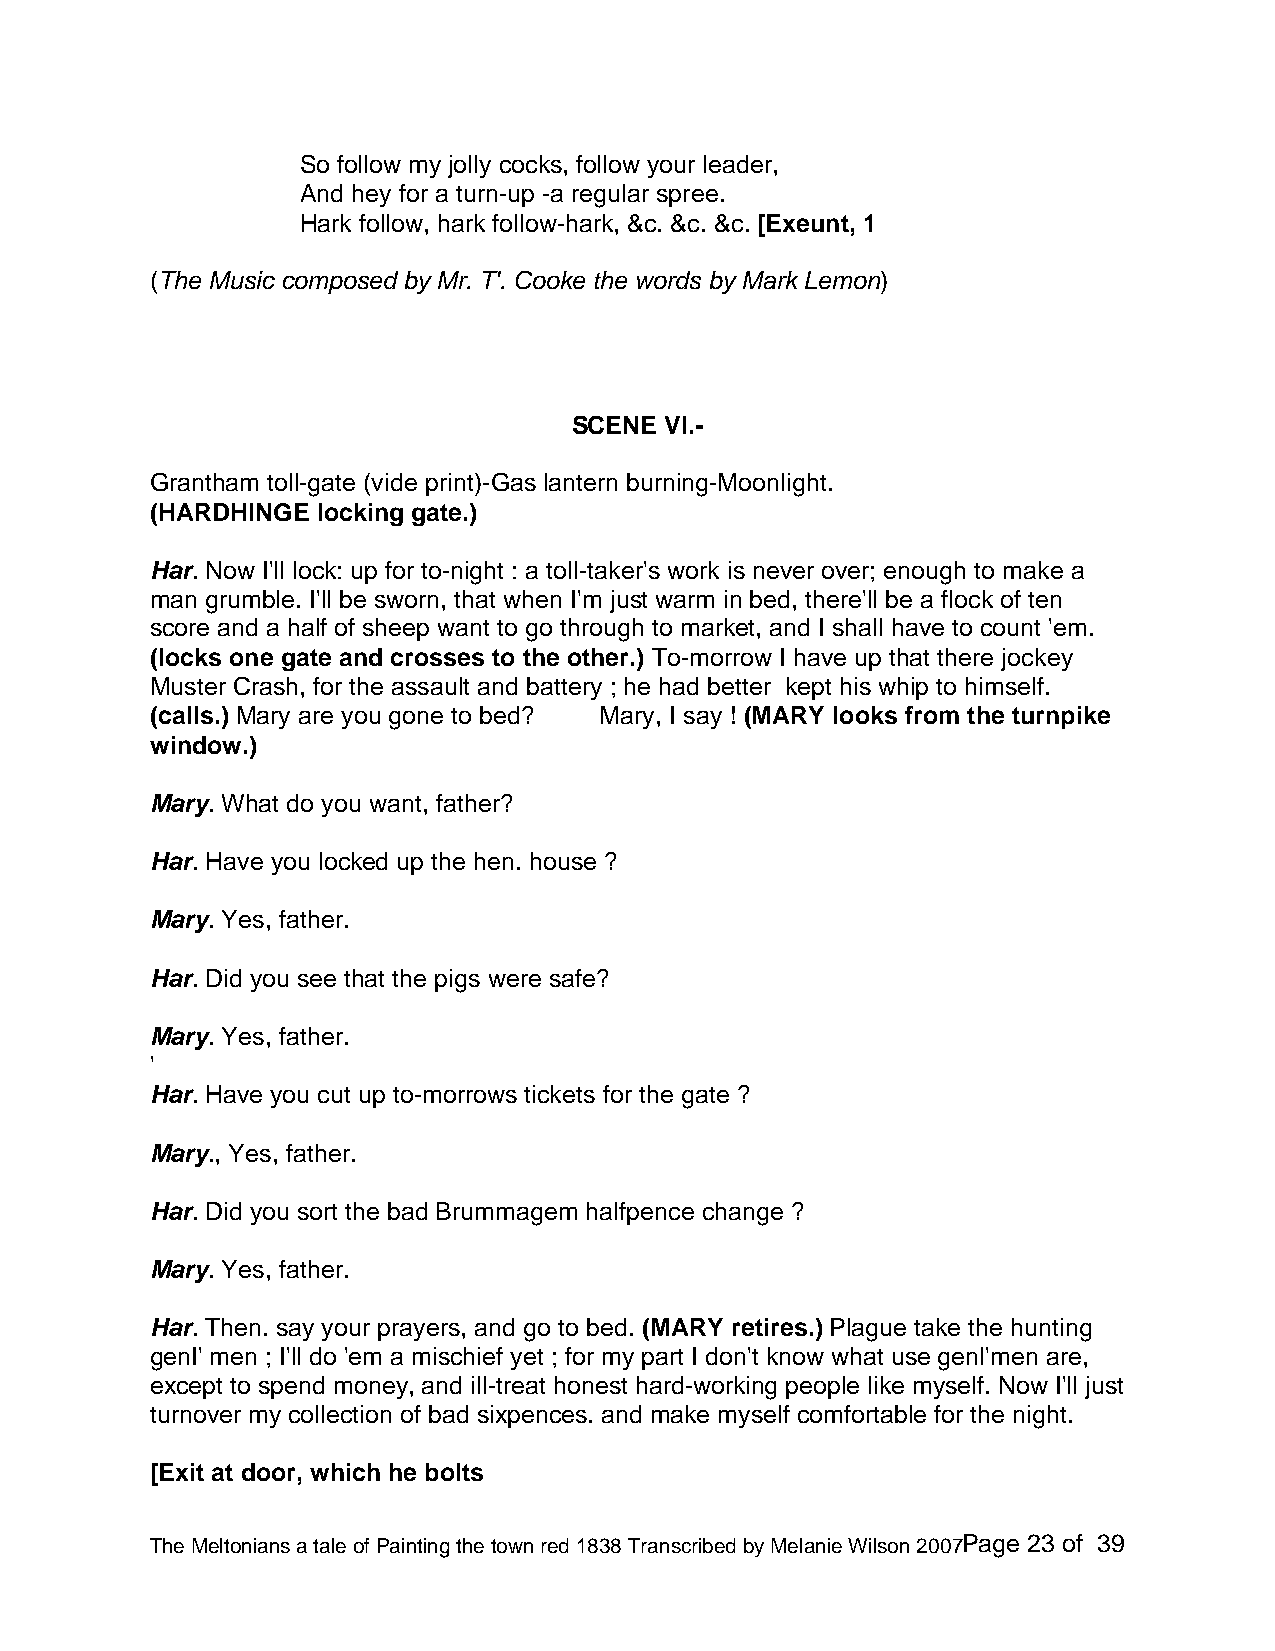
So follow my jolly cocks, follow your leader,
 And hey for a turn-up -a regular spree.
 Hark follow, hark follow-hark, &c. &c. &c. [Exeunt, 1
 (The Music composed by Mr. T'. Cooke the words by Mark Lemon)
 SCENE VI.-
 Grantham toll-gate (vide print)-Gas lantern burning-Moonlight.
 (HARDHINGE locking gate.)
 Har. Now I'll lock: up for to-night : a toll-taker's work is never over; enough to make a
 man grumble. I'll be sworn, that when I'm just warm in bed, there'll be a flock of ten
 score and a half of sheep want to go through to market, and I shall have to count 'em.
 (locks one gate and crosses to the other.) To-morrow I have up that there jockey
 Muster Crash, for the assault and battery ; he had better kept his whip to himself.
 (calls.) Mary are you gone to bed? Mary, I say ! (MARY looks from the turnpike
 window.)
 Mary. What do you want, father?
 Har. Have you locked up the hen. house ?
 Mary. Yes, father.
 Har. Did you see that the pigs were safe?
 Mary. Yes, father.
 '
 Har. Have you cut up to-morrows tickets for the gate ?
 Mary., Yes, father.
 Har. Did you sort the bad Brummagem halfpence change ?
 Mary. Yes, father.
 Har. Then. say your prayers, and go to bed. (MARY retires.) Plague take the hunting
 genI' men ; I'll do 'em a mischief yet ; for my part I don't know what use genl'men are,
 except to spend money, and ill-treat honest hard-working people like myself. Now I'll just
 turnover my collection of bad sixpences. and make myself comfortable for the night.
 [Exit at door, which he bolts
 The Meltonians a tale of Painting the town red 1838 Transcribed by Melanie Wilson 2007Page 23 of 39